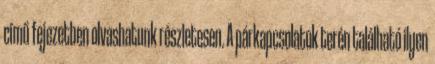
című fejezetben olvashatunk részletesen. A párkapcsolatok terén található ilyen